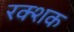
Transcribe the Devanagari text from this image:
रक्शक